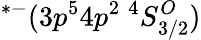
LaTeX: ^{*-}(3p^{5}4p^{2}\ ^{4}S_{3/2}^{O})